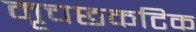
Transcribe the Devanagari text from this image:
मृचछकटिक